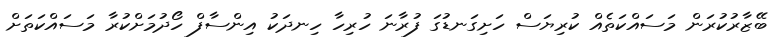
ބޭޒާރުކުރަން މަސައްކަތެއް ކުރިޔަސް ހަށިގަނޑުގަ ފުރާނަ ހުރިހާ ހިނދަކު އިންސާފް ހޯދުމަށްކުރާ މަސައްކަތަށް